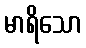
မာရိသော